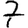
Digit: 7